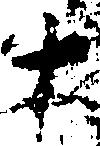
十